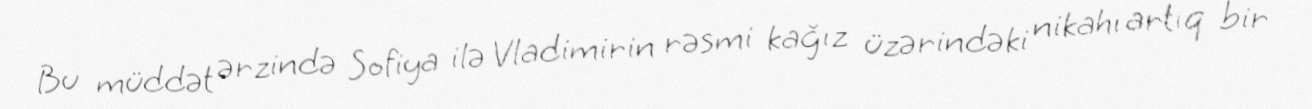
Bu müddət ərzində Sofiya ilə Vladimirin rəsmi kağız üzərindəki nikahı artıq bir